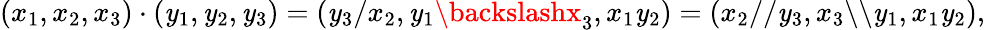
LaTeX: (x_{1},x_{2},x_{3})\cdot(\mathit{y}_{1},\mathit{y}_{2},\mathit{y}_{3})=(\mathit{y}_{3}/x_{2},\mathit{y}_{1}\backslashx_{3},x_{1}\mathit{y}_{2})=(x_{2}//\mathit{y}_{3},x_{3}\backslash\backslash\mathit{y}_{1},x_{1}\mathit{y}_{2}),